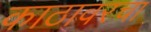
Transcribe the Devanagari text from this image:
काठावरचा